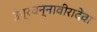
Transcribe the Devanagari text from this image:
उग्रचन्नावीरादेवा